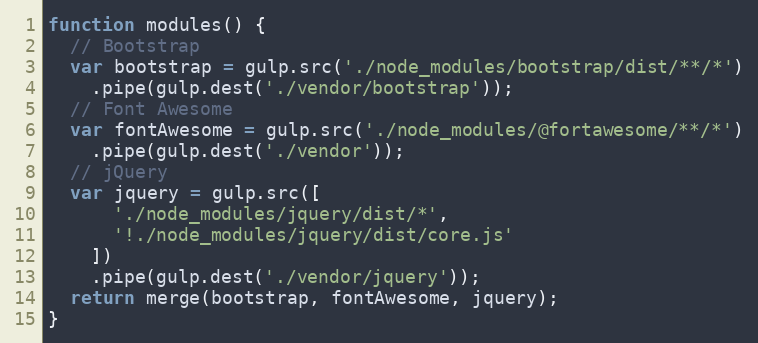
Language: JavaScript
function modules() {
  // Bootstrap
  var bootstrap = gulp.src('./node_modules/bootstrap/dist/**/*')
    .pipe(gulp.dest('./vendor/bootstrap'));
  // Font Awesome
  var fontAwesome = gulp.src('./node_modules/@fortawesome/**/*')
    .pipe(gulp.dest('./vendor'));
  // jQuery
  var jquery = gulp.src([
      './node_modules/jquery/dist/*',
      '!./node_modules/jquery/dist/core.js'
    ])
    .pipe(gulp.dest('./vendor/jquery'));
  return merge(bootstrap, fontAwesome, jquery);
}